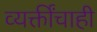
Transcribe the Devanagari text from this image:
व्यक्तींचाही